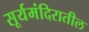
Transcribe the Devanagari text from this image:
सूर्यमंदिरातील